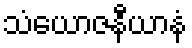
သံယောဇနီယာနံ